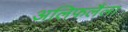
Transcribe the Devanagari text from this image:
अलिफलैला